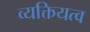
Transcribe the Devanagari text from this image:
व्यक्तियत्व